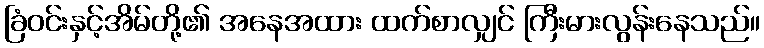
ခြံဝင်းနှင့်အိမ်တို့၏ အနေအထား ထက်စာလျှင် ကြီးမားလွန်းနေသည်။